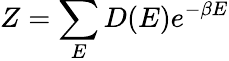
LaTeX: Z=\sum_{E}D(E)e^{-\beta E}